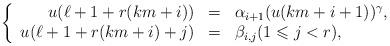
LaTeX: \begin{align*}\left\{\begin{array}{rcl}u(\ell +1+r(km+i)) & = & \alpha _{i+1}(u(km+i+1))^{\gamma }, \\u(\ell +1+r(km+i)+j) & = & \beta _{i,j}(1\leqslant j<r),\end{array}\right. \end{align*}